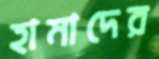
হামাদের